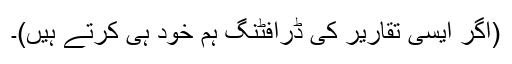
(اگر ایسی تقاریر کی ڈرافٹنگ ہم خود ہی کرتے ہیں)۔